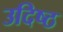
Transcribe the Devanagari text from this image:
उदिष्ठ